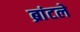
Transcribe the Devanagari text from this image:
ब्रांटले